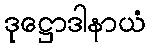
ဒုဋ္ဌောဒါနာယံ